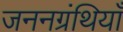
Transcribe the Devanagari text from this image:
जननग्रंथियाँ